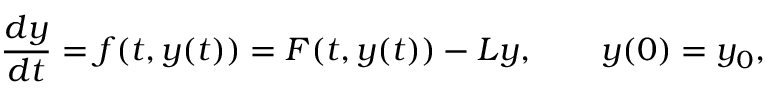
\frac { d y } { d t } = f ( t , y ( t ) ) = F ( t , y ( t ) ) - L y , \qquad y ( 0 ) = y _ { 0 } ,